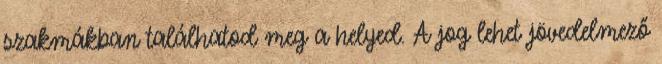
szakmákban találhatod meg a helyed. A jog lehet jövedelmező